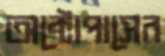
অক্টোপাসের